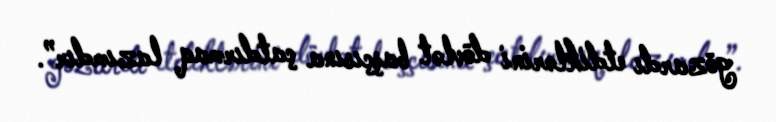
gözardı etdiklərini dövlət başçısına çatdırmaq lazımdır”.